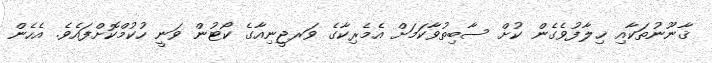
ޤާނޫނުތަކާއި ޚިލާފުވެގެން ކުށް ސާބިތުވާކަމަށް އެމެރިކާގެ ވަރޖީނިއާގެ ކޯޓުން ވަނީ ހުކުމްކޮށްފައެވެ. އެހެން